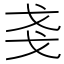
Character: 𰒥